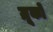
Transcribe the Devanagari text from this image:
ग्रूको